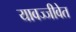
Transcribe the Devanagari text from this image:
यावज्जीवेत